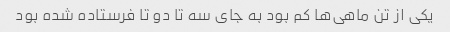
یکی از تن ماهی‌ها کم بود به جای سه تا دو تا فرستاده شده بود